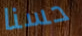
حسنا